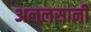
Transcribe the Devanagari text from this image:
अललसानी